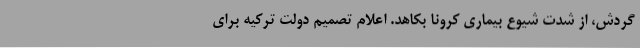
گردش، از شدت شیوع بیماری کرونا بکاهد. اعلام تصمیم دولت ترکیه برای